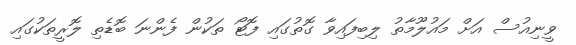
ވީނިއުސް އަށް މައުލޫމާތު ލިބިފައިވާ ގޮތުގައި ފޮޓޯ ތަކުން ފެންނަ ބޮޑެތި ލޮރީތަކުގައި